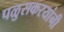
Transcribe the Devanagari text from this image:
पळुसकरयांनी